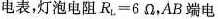
电表，灯泡电阻$$R _ { L } = 6 Ω$$，AB端电